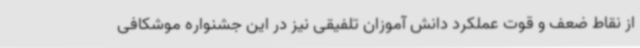
از نقاط ضعف و قوت عملکرد دانش آموزان تلفیقی نیز در این جشنواره موشکافی